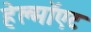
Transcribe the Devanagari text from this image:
हेल्मॉएट